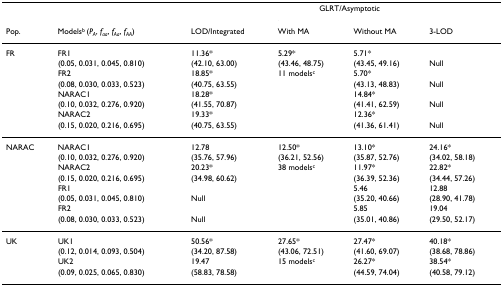
<table><thead><tr><td></td><td></td><td></td><td colspan="2"><b>GLRT/Asymptotic</b></td><td></td></tr><tr><td><b>Pop.</b></td><td><b>Models<sup>b </sup>(<i>P</i><sub><i>A</i></sub>, <i>f</i><sub><i>aa</i></sub>, <i>f</i><sub><i>Aa</i></sub>, <i>f</i><sub><i>AA</i></sub>)</b></td><td><b>LOD/Integrated</b></td><td><b>With MA</b></td><td><b>Without MA</b></td><td><b>3-LOD</b></td></tr></thead><tbody><tr><td>FR</td><td>FR1</td><td>11.36*</td><td>5.29*</td><td>5.71*</td><td></td></tr><tr><td></td><td>(0.05, 0.031, 0.045, 0.810)</td><td>(42.10, 63.00)</td><td>(43.46, 48.75)</td><td>(43.45, 49.16)</td><td>Null</td></tr><tr><td></td><td>FR2</td><td>18.85*</td><td>11 models<sup>c</sup></td><td>5.70*</td><td></td></tr><tr><td></td><td>(0.08, 0.030, 0.033, 0.523)</td><td>(40.75, 63.55)</td><td></td><td>(43.13, 48.83)</td><td>Null</td></tr><tr><td></td><td>NARAC1</td><td>18.28*</td><td></td><td>14.84*</td><td></td></tr><tr><td></td><td>(0.10, 0.032, 0.276, 0.920)</td><td>(41.55, 70.87)</td><td></td><td>(41.41, 62.59)</td><td>Null</td></tr><tr><td></td><td>NARAC2</td><td>19.33*</td><td></td><td>12.36*</td><td></td></tr><tr><td></td><td>(0.15, 0.020, 0.216, 0.695)</td><td>(40.75, 63.55)</td><td></td><td>(41.36, 61.41)</td><td>Null</td></tr><tr><td>NARAC</td><td>NARAC1</td><td>12.78</td><td>12.50*</td><td>13.10*</td><td>24.16*</td></tr><tr><td></td><td>(0.10, 0.032, 0.276, 0.920)</td><td>(35.76, 57.96)</td><td>(36.21, 52.56)</td><td>(35.87, 52.76)</td><td>(34.02, 58.18)</td></tr><tr><td></td><td>NARAC2</td><td>20.23*</td><td>38 models<sup>c</sup></td><td>11.97*</td><td>22.82*</td></tr><tr><td></td><td>(0.15, 0.020, 0.216, 0.695)</td><td>(34.98, 60.62)</td><td></td><td>(36.39, 52.36)</td><td>(34.44, 57.26)</td></tr><tr><td></td><td>FR1</td><td></td><td></td><td>5.46</td><td>12.88</td></tr><tr><td></td><td>(0.05, 0.031, 0.045, 0.810)</td><td>Null</td><td></td><td>(35.20, 40.66)</td><td>(28.90, 41.78)</td></tr><tr><td></td><td>FR2</td><td></td><td></td><td>5.85</td><td>19.04</td></tr><tr><td></td><td>(0.08, 0.030, 0.033, 0.523)</td><td>Null</td><td></td><td>(35.01, 40.86)</td><td>(29.50, 52.17)</td></tr><tr><td>UK</td><td>UK1</td><td>50.56*</td><td>27.65*</td><td>27.47*</td><td>40.18*</td></tr><tr><td></td><td>(0.12, 0.014, 0.093, 0.504)</td><td>(34.20, 87.58)</td><td>(43.06, 72.51)</td><td>(41.60, 69.07)</td><td>(38.68, 78.86)</td></tr><tr><td></td><td>UK2</td><td>19.47</td><td>15 models<sup>c</sup></td><td>26.27*</td><td>38.54*</td></tr><tr><td></td><td>(0.09, 0.025, 0.065, 0.830)</td><td>(58.83, 78.58)</td><td></td><td>(44.59, 74.04)</td><td>(40.58, 79.12)</td></tr></tbody></table>